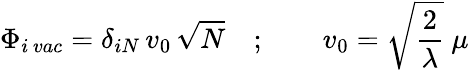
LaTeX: \Phi_{i\, vac}=\delta_{iN}\, v_{0}\, \sqrt{N}\quad;\qquad v_{0}=\sqrt{{\frac{2}{\lambda}}}\ \mu